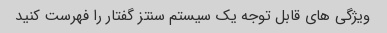
ویژگی های قابل توجه یک سیستم سنتز گفتار را فهرست کنید